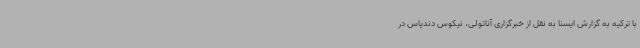
با ترکیه به گزارش ایسنا به نقل از خبرگزاری آناتولی، نیکوس دندیاس در